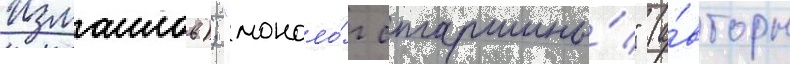
Измаилов); "моноло́г старшины́" (а́вторы